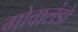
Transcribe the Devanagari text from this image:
गोवालंडो